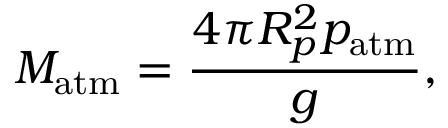
M _ { \mathrm { a t m } } = \frac { 4 \pi R _ { p } ^ { 2 } p _ { \mathrm { a t m } } } { g } ,